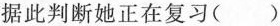
据此判断她正在复习()